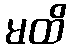
မထိ